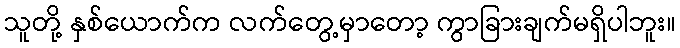
သူတို့ နှစ်ယောက်က လက်တွေ့မှာတော့ ကွာခြားချက်မရှိပါဘူး။